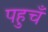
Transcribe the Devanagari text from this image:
पहुचँ